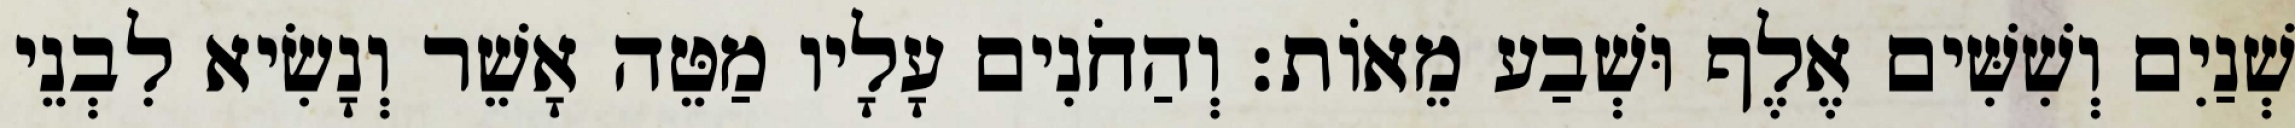
שְׁנַיִם וְשִׁשִּׁים אֶלֶף וּשְׁבַע מֵאוֹת׃ וְהַחֹנִים עָלָיו מַטֵּה אָשֵׁר וְנָשִׂיא לִבְנֵי